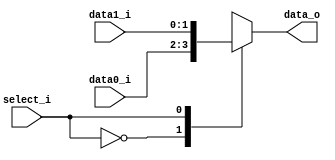
module Mux2to1 (
    data0_i,
    data1_i,
    select_i,
    data_o
);

  parameter size = 0;

  //I/O ports
  input [size-1:0] data0_i;
  input [size-1:0] data1_i;
  input select_i;

  output [size-1:0] data_o;

  //Internal Signals
  reg [size-1:0] data_o;

  //Main function
  always@(*)
  begin
    case(select_i)
      1'b0 : data_o <= data0_i;
      1'b1 : data_o <= data1_i;
    endcase
  end
endmodule